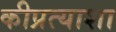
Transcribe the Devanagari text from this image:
कीप्रत्याशा